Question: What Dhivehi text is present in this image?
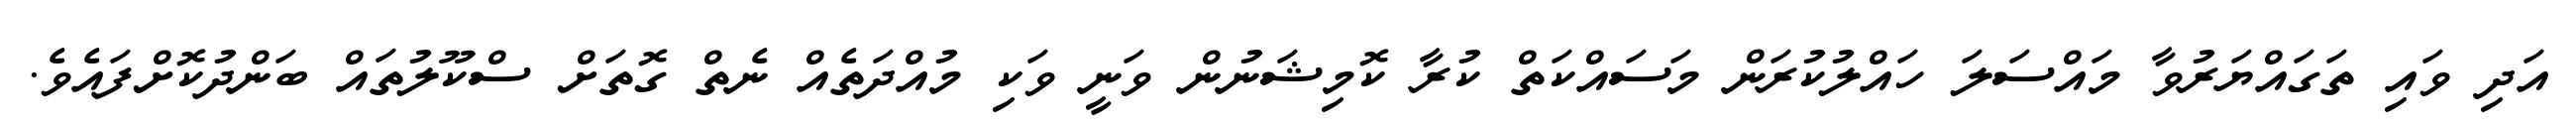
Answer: އަދި ވައި ތަގައްޔަރުވާ މައްސަލަ ހައްލުކުރަން މަސައްކަތް ކުރާ ކޮމިޝަނުން ވަނީ ވަކި މުއްދަތެއް ނެތް ގޮތަށް ސްކޫލުތައް ބަންދުކޮށްފައެވެ.